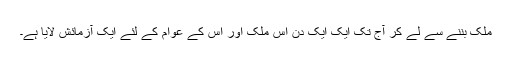
ملک بننے سے لے کر آج تک ایک ایک دن اِس ملک اور اِس کے عوام کے لئے ایک آزمائش لایا ہے۔